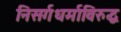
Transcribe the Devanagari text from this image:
निसर्गधर्माविरुद्ध